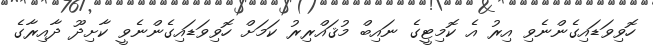
ހޮވިވަޑައިގެންނެވި އިރު އެ ކޮމިޓީގެ ނައިބް މުޤައްރިރު ކަމަށް ހޮވިވަޑައިގެންނެވީ ކާށިދޫ ދާއިރާގެ